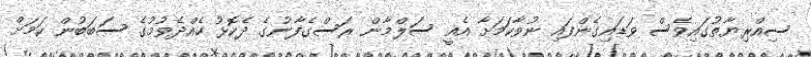
ސިއްރިޔާތުގައިވެސް ވަޑައިގެންފައި ނުވާކަމަށާ އެއީ ސަލްމާން ރަސްގެފާނުގެ ދެކޮޅު ހެއްދެވުމުގެ ސަބަބުން ކަމަށް